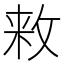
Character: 𱡘